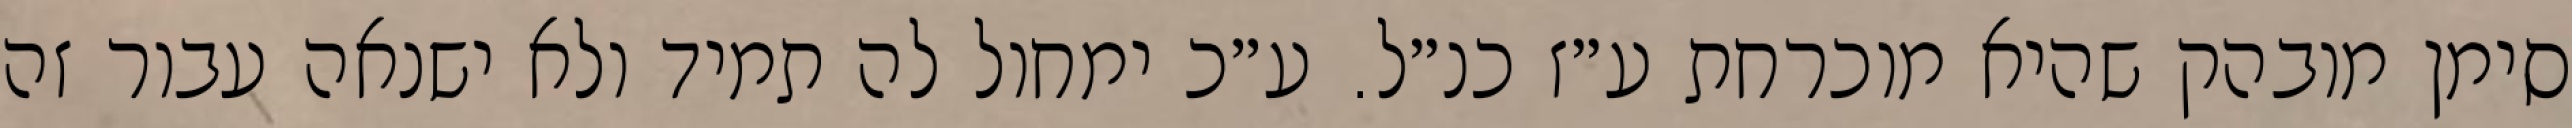
סימן מובהק שהיא מוכרחת ע״ז כנ״ל. ע״כ ימחול לה תמיד ולא ישנאה עבור זה